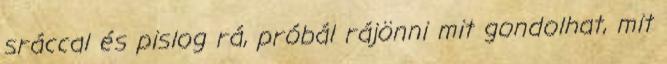
sráccal és pislog rá, próbál rájönni mit gondolhat, mit